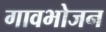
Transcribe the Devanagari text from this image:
गावभोजन